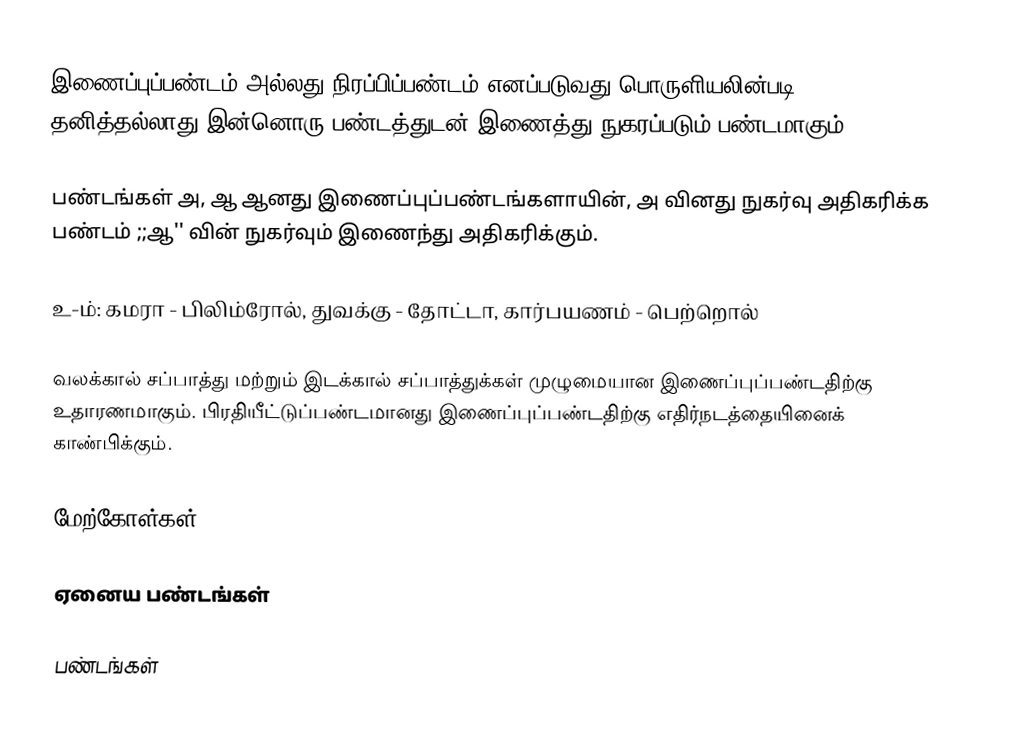
இணைப்புப்பண்டம் அல்லது நிரப்பிப்பண்டம் எனப்படுவது பொருளியலின்படி தனித்தல்லாது இன்னொரு பண்டத்துடன் இணைத்து நுகரப்படும் பண்டமாகும்.

பண்டங்கள் அ, ஆ ஆனது இணைப்புப்பண்டங்களாயின், அ வினது நுகர்வு அதிகரிக்க பண்டம் ;;ஆ'' வின் நுகர்வும் இணைந்து அதிகரிக்கும்.

உ-ம்: கமரா - பிலிம்ரோல், துவக்கு - தோட்டா, கார்பயணம் - பெற்றொல்

வலக்கால் சப்பாத்து மற்றும் இடக்கால் சப்பாத்துக்கள் முழுமையான இணைப்புப்பண்டதிற்கு உதாரணமாகும். பிரதியீட்டுப்பண்டமானது இணைப்புப்பண்டதிற்கு எதிர்நடத்தையினைக் காண்பிக்கும்.

மேற்கோள்கள்

ஏனைய பண்டங்கள்

பண்டங்கள்